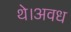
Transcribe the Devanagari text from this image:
थे।अवध